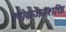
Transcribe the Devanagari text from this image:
लोकजनशक्ति